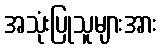
အသုံးပြုသူများအား